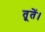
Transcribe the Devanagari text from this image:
तूतें।